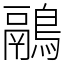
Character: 鷊